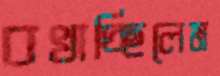
বখাচ্ছিলেম